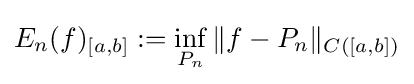
E_{n}(f)_{[a,b]}:=\inf _{P_{n}}{\|f-P_{n}\|_{C([a,b])}}